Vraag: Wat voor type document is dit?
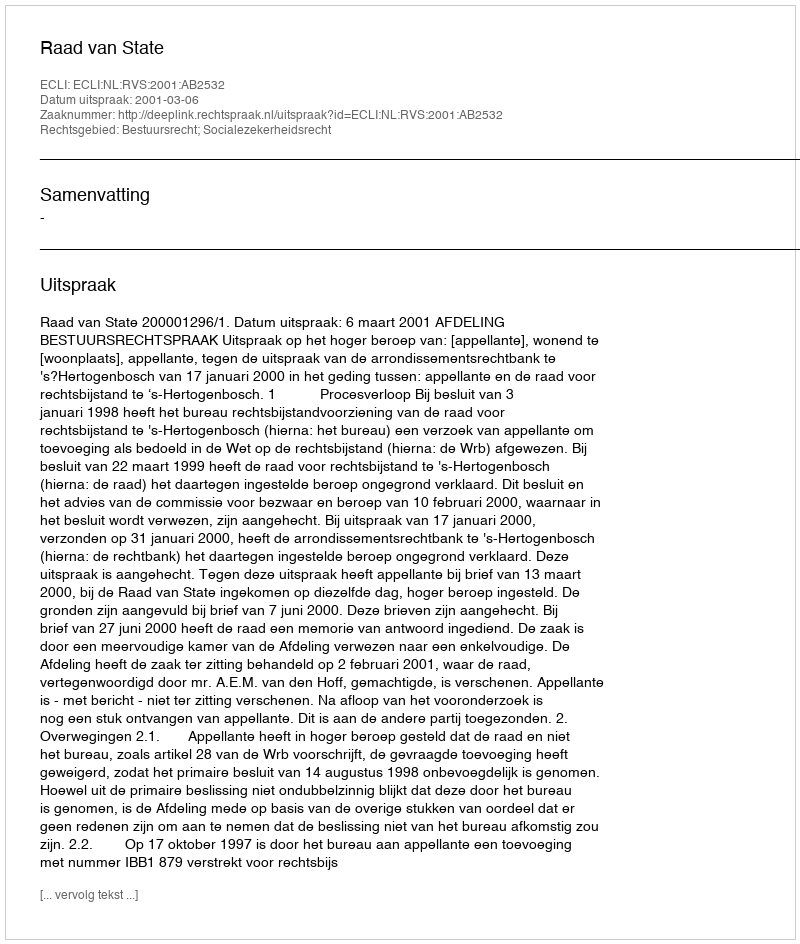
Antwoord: Uitspraak